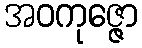
အဝကုဇ္ဇော